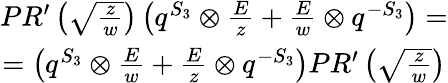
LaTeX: \begin{array}{c}{{PR^{\prime}\left(\sqrt{\frac{z}{w}}\right)\left(q^{S_{3}}\otimes{\frac{E}{z}}+{\frac{E}{w}}\otimes q^{-S_{3}}\right)=}}\\ {{=\left(q^{S_{3}}\otimes{\frac{E}{w}}+{\frac{E}{z}}\otimes q^{-S_{3}}\right)PR^{\prime}\left(\sqrt{\frac{z}{w}}\right)}}\end{array}